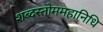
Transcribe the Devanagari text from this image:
शब्दस्तोममहानिधि